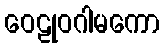
ဝေဠုဝဂါမကော